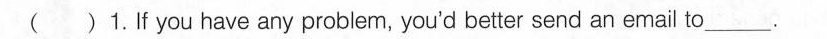
( )1.If you have any problem, you'd better send an email to___.